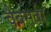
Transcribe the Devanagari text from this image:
वैबसर्वर